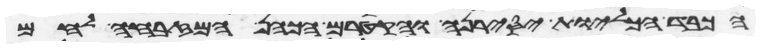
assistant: הכבד על הכליות יסירנה והקטירם הכהן המזבחה לחם